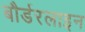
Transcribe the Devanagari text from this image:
बौर्डरलाइन